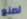
لصنع